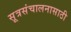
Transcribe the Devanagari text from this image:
सूत्रसंचालनासाठी